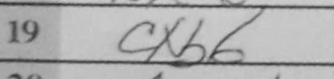
Transcription: cxb6